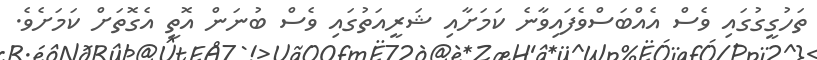
ތަހުގީގުގައި ވެސް އެއްބަސްވެފައިވާނެ ކަމަށާއި ޝަރީއަތުގައި ވެސް ބުނަން އޮތީ އެގޮތަށް ކަމަށެވެ.